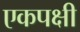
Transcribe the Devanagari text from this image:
एकपक्षी